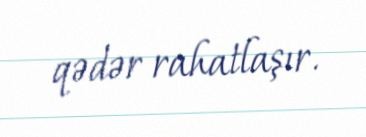
qədər rahatlaşır.